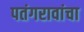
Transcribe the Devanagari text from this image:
पतंगरावांचा